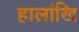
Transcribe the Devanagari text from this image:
हालांखि